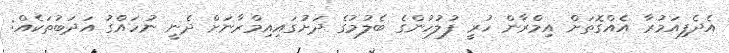
އެދެފިއަމުރާ އެއްގޮތަށް އިމްރާން ހުރީ ފުލުހުންގެ ބެލުމުގެ ދަށުގައިއިމްރާނަށް ދެނީ ނުހައްގު އަދަބުތަކެއް: